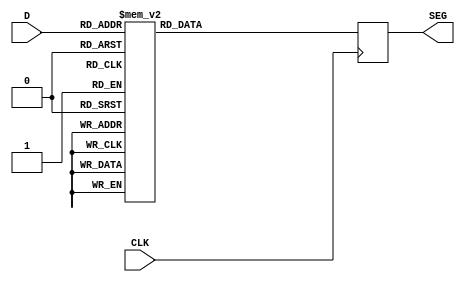
// This program was cloned from: https://github.com/simonmonk/prog_fpgas
// License: MIT License

module decoder_7_seg(
	input CLK,
   input [3:0] D,
   output reg [7:0] SEG
   );

always @(posedge CLK) 
begin
	case(D)
    4'd0: SEG <= 8'b00000011;
    4'd1: SEG <= 8'b10011111; 
    4'd2: SEG <= 8'b00100101;
    4'd3: SEG <= 8'b00001101;
    4'd4: SEG <= 8'b10011001;
    4'd5: SEG <= 8'b01001001;
    4'd6: SEG <= 8'b01000001;
    4'd7: SEG <= 8'b00011111;
    4'd8: SEG <= 8'b00000001;
    4'd9: SEG <= 8'b00001001;
    default: SEG <= 8'b11111111;
	endcase
end

endmodule